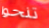
تنحوا